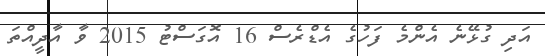
އަދި ގުޅޭނެ އެންމެ ފަހުގެ އެޑްރެސް 16 އޮގަސްޓު 2015 ވާ އާދީއްތަ